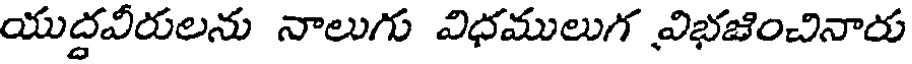
యుద్దవీరులను నాలుగు విధములుగ విభజించినారు